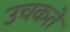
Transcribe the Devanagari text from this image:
उचकते